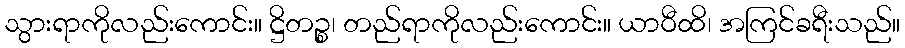
သွားရာကိုလည်းကောင်း။ ဋ္ဌိတဉ္စ၊ တည်ရာကိုလည်းကောင်း။ ယာဝီထိ၊ အကြင်ခရီးသည်။